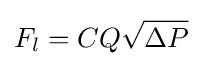
{F_{l}}=CQ{\sqrt {\Delta P}}